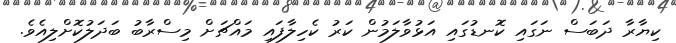
ކިޔާރާ ދަބަސް ނަގައި ކޮނޑުގައި އަޅުވާލަމުން ކަރު ކެހިލާފައި މައްޗަށް މިސްރާބު ބަދަލުކޮށްލިއެވެ.